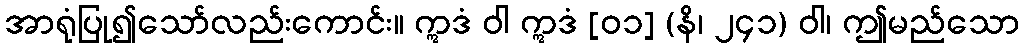
အာရုံပြု၍သော်လည်းကောင်း။ ဣဒံ ဝါ ဣဒံ [၀၁] (နိ၊ ၂၄၁) ဝါ၊ ဤမည်သော